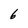
Character: 6